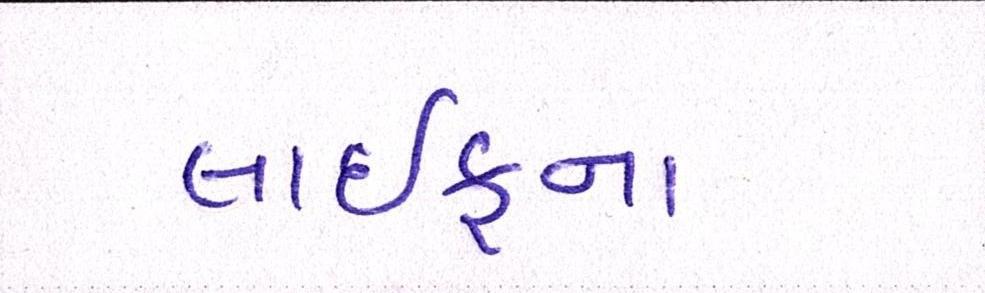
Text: લાઈફના